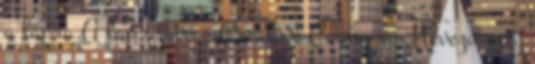
a lapra A lap szövege Creative Commons Nevezd meg